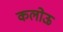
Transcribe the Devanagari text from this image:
कलोऊ